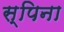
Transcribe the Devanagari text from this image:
स्पिना